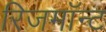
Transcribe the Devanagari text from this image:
रिजमॉन्ट